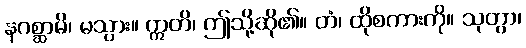
နဂစ္ဆာမိ၊ မသွား။ ဣတိ၊ ဤသို့ဆို၏။ တံ၊ ထိုစကားကို။ သုတွာ၊